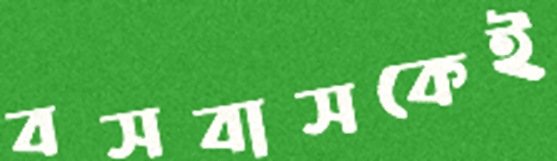
বসবাসকেই